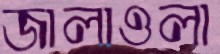
জালাওলা